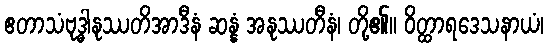
ဧတာသံဗုဒ္ဓါနုဿတိအာဒီနံ ဆန္နံ အနုဿတီနံ၊ တို့၏။ ဝိတ္ထာရဒေသနာယံ၊